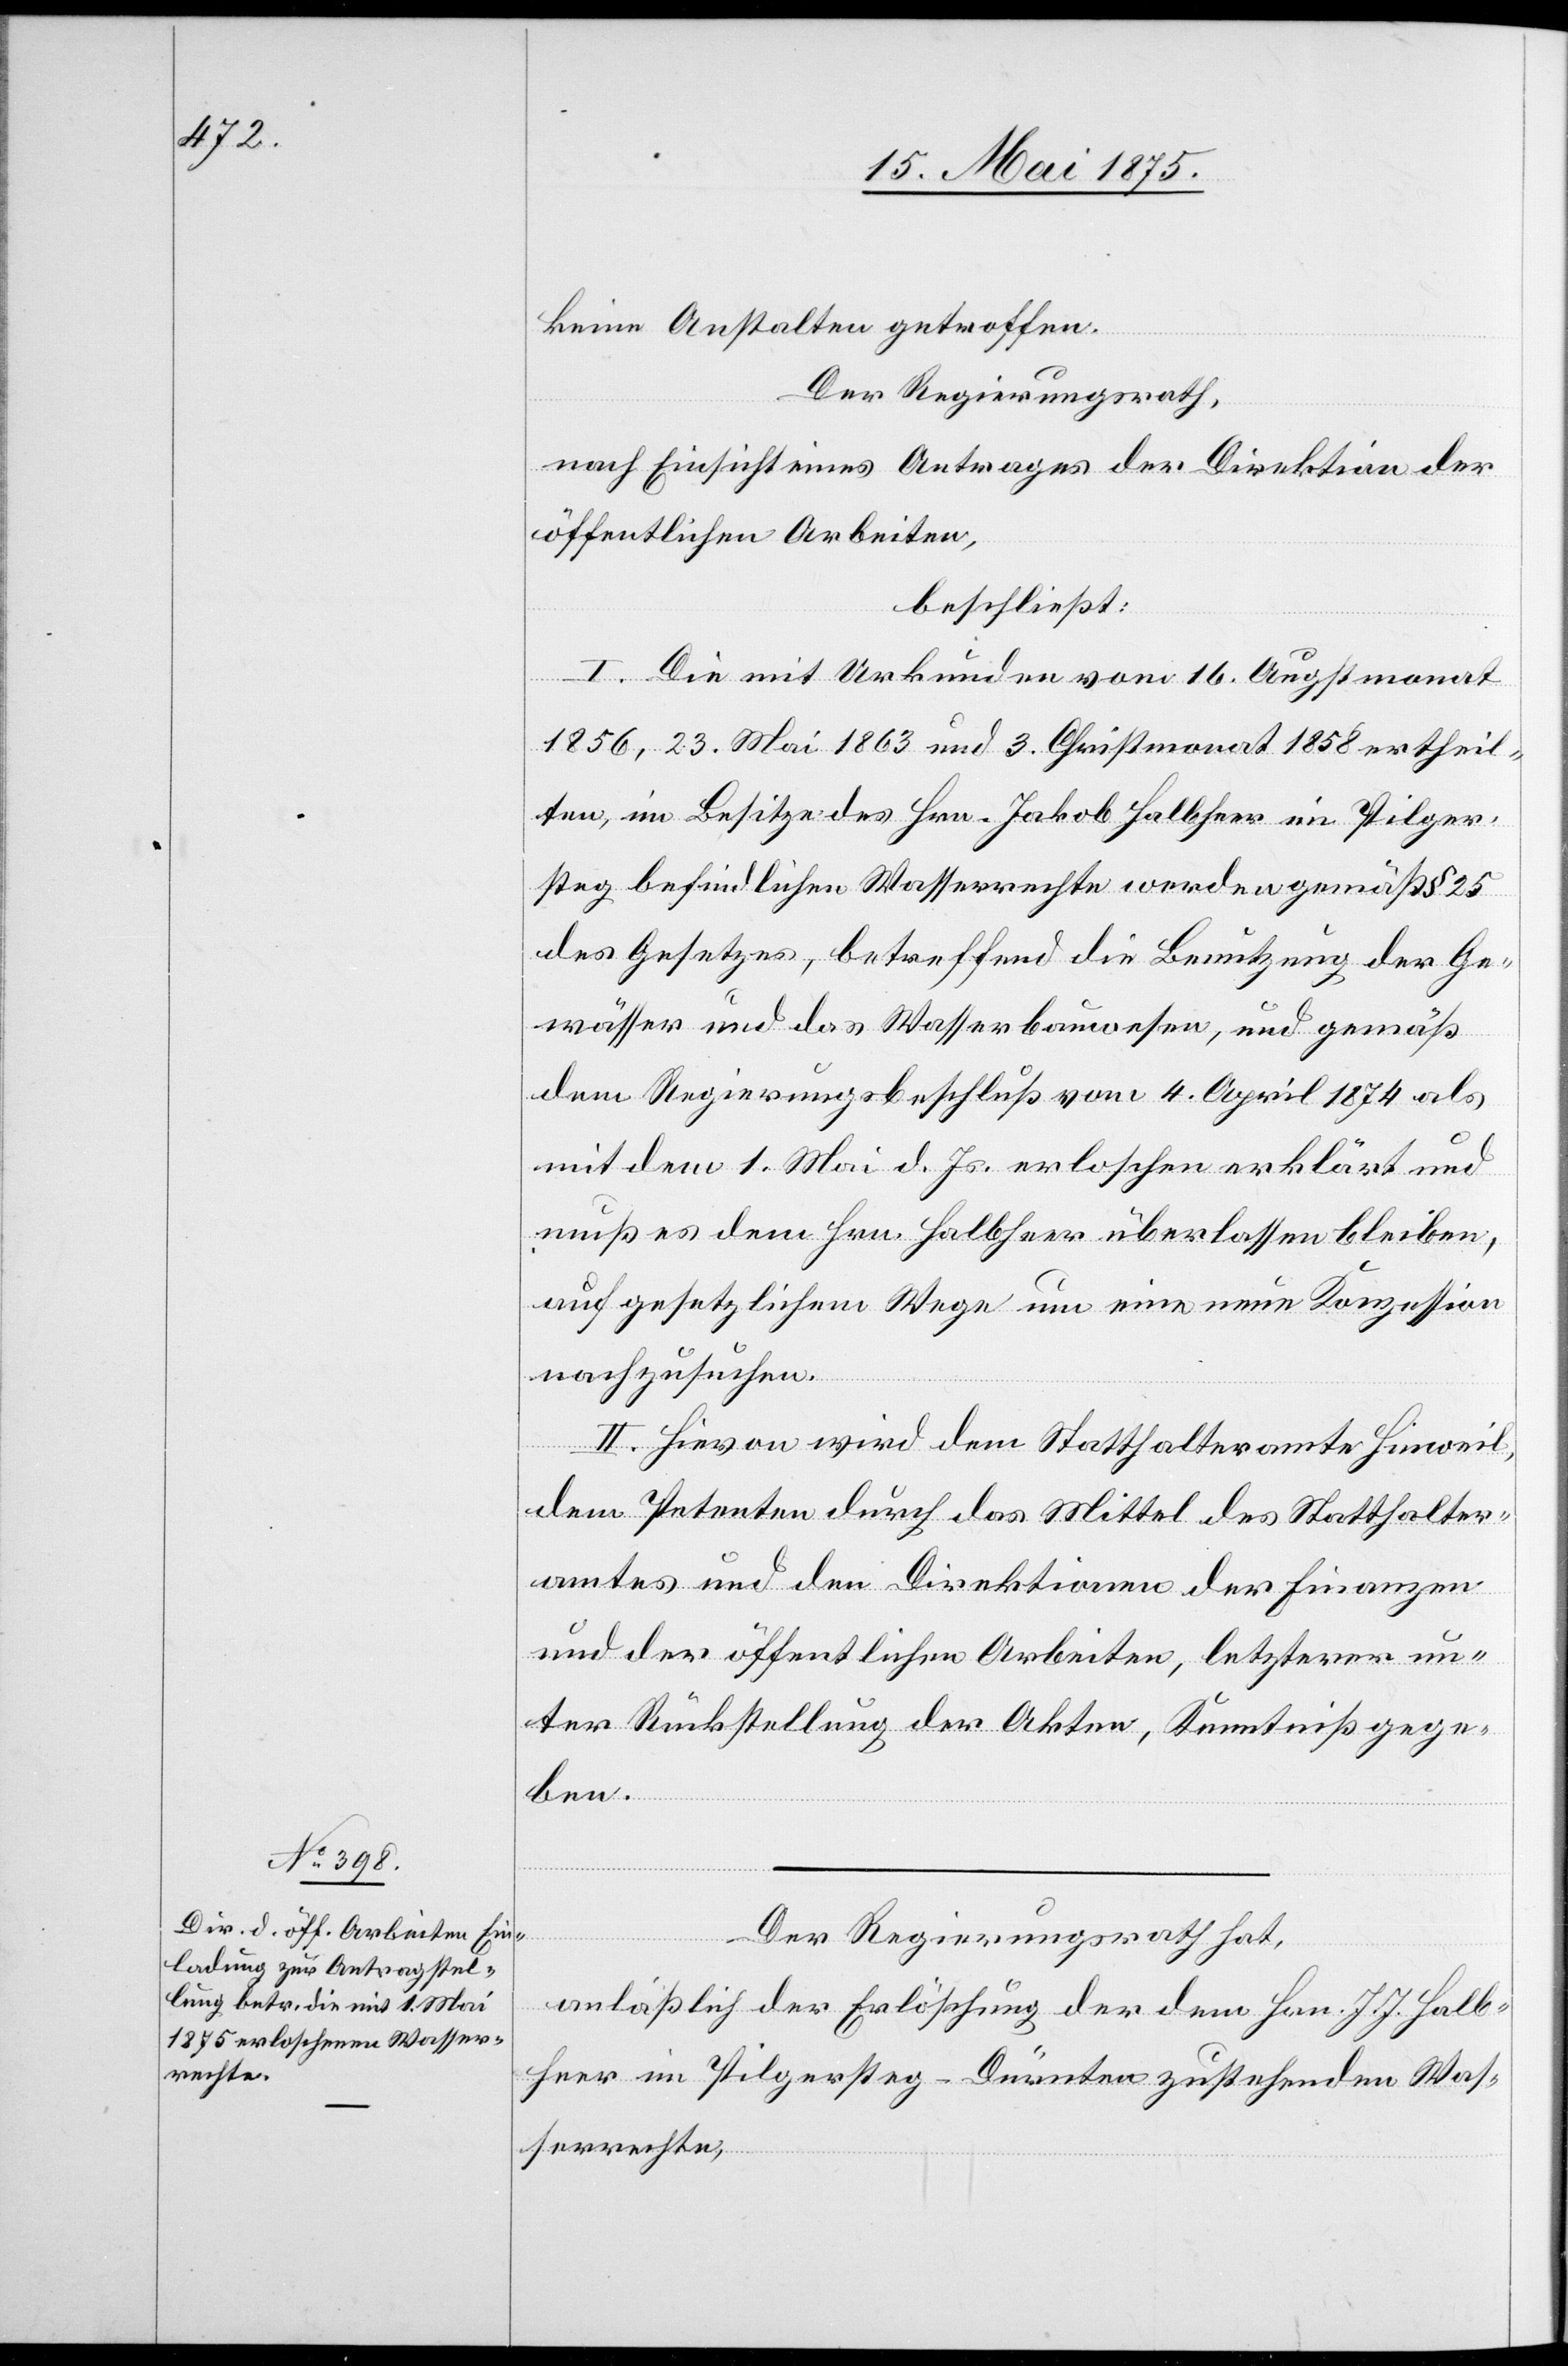
keine Anstalten getroffen.
Der Regierungsrath,
nach Einsicht eines Antrages der Direktion der
öffentlichen Arbeiten,
beschließt:
I. Die mit Urkunden vom 16. Augstmonat
1856, 23. Mai 1863 und 3. Christmonat 1858 ertheil¬
ten, im Besitze des Hrn. Jakob Halbheer im Pilger¬
steg befindlichen Wasserrechte werden gemäß § 25
des Gesetzes, betreffend die Benutzung der Ge¬
wässer und das Wasserbauwesen, und gemäß
dem Regierungsbeschluß vom 4. April 1874 als
mit dem 1. Mai d. Js. erloschen erklärt und
muß es dem Hrn. Halbheer überlassen bleiben,
auf gesetzlichem Wege um eine neue Konzession
nachzusuchen.
II. Hievon wird dem Statthalteramte Hinweil,
dem Petenten durch das Mittel des Statthalter¬
amtes und den Direktionen der Finanzen
und der öffentlichen Arbeiten, letzterer un¬
ter Rückstellung der Akten, Kenntniß gege¬
ben.
Der Regierungsrath hat,
anläßlich der Erlöschung der dem Hrn. J.J. Halb¬
heer im Pilgersteg-Dürnten zustehenden Was¬
serechte,